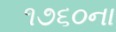
૧૭૬૦ના